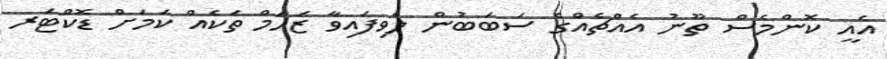
އެއީ ކޮންމެސް ތޫނު އެއްޗެއްގެ ސަބަބުން ލެވިފައިވާ ޒަހަމް ތަކެއް ކަމަށް ޑޮކްޓަރ